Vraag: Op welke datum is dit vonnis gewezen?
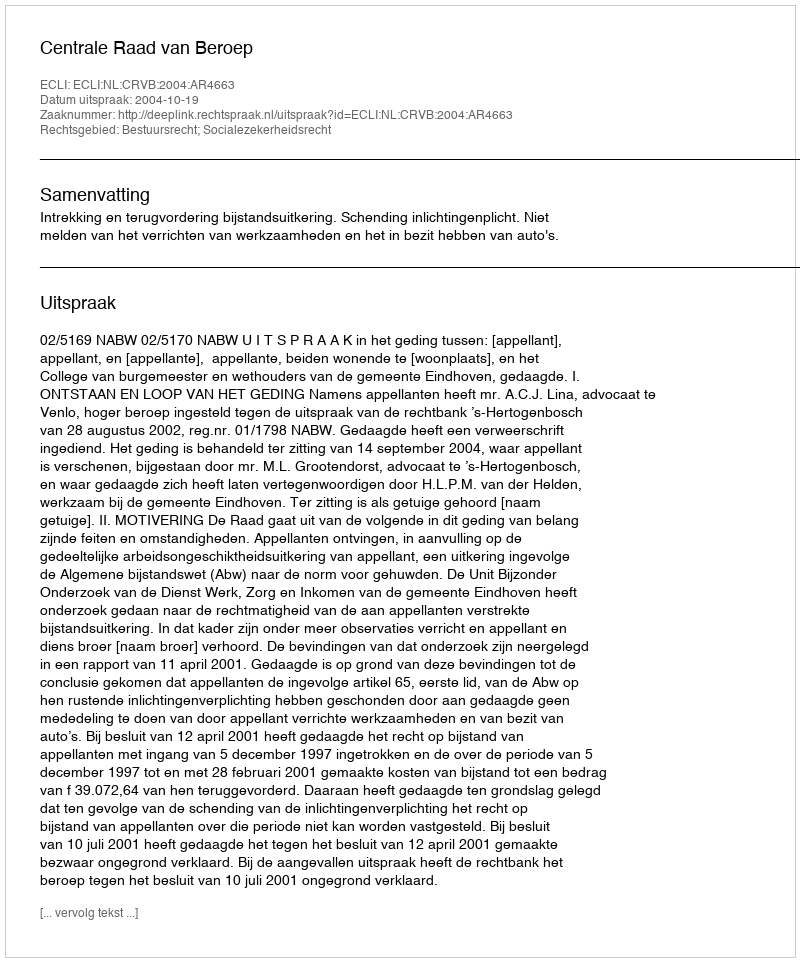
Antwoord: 2004-10-19